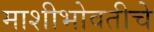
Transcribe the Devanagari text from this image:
माशीभोवतीचे